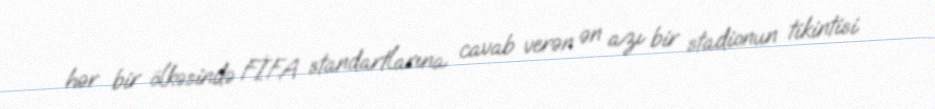
hər bir ölkəsində FİFA standartlarına cavab verən ən azı bir stadionun tikintisi